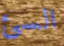
السئ